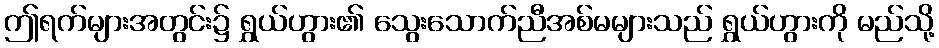
ဤရက်များအတွင်း၌ ရွှယ်ဟွား၏ သွေးသောက်ညီအစ်မများသည် ရွှယ်ဟွားကို မည်သို့